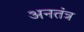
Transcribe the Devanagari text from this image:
अनतंत्र